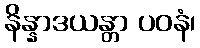
နိန္နာဒယန္တာ ပဝနံ၊